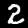
Digit: 2